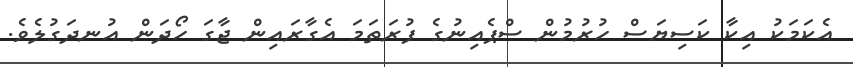
އެކަމަކު އިކާ ކަސިޔަސް ހުރުމުން ސްޕެއިނުގެ ފުރަތަމަ އެގާރައިން ޖާގަ ހޯދަން އުނދަގުލެވެ.